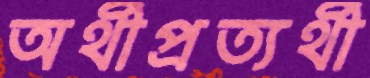
অর্থীপ্রত্যর্থী